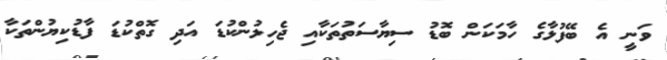
ވަނީ އެ ބޭފުޅާގެ ހާމަކަން ބޮޑު ސިޔާސަތުތަކާއި ޖެހިލުންކުޑަ އަދި ގޮތްކުޑަ ފާޑުކިޔުންތަކާ